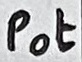
Text: Pot